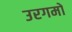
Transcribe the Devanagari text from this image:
उरगमों